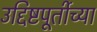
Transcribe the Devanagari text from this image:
उद्दिष्टपूर्तीच्या